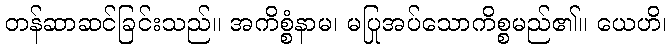
တန်ဆာဆင်ခြင်းသည်။ အကိစ္စံနာမ၊ မပြုအပ်သောကိစ္စမည်၏။ ယေဟိ၊